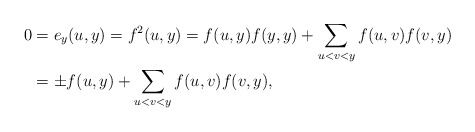
\begin{align*}0&=e_y(u,y)=f^2(u,y)=f(u,y)f(y,y)+\sum_{u<v<y}f(u,v)f(v,y)\\&=\pm f(u,y)+\sum_{u<v<y}f(u,v)f(v,y),\end{align*}